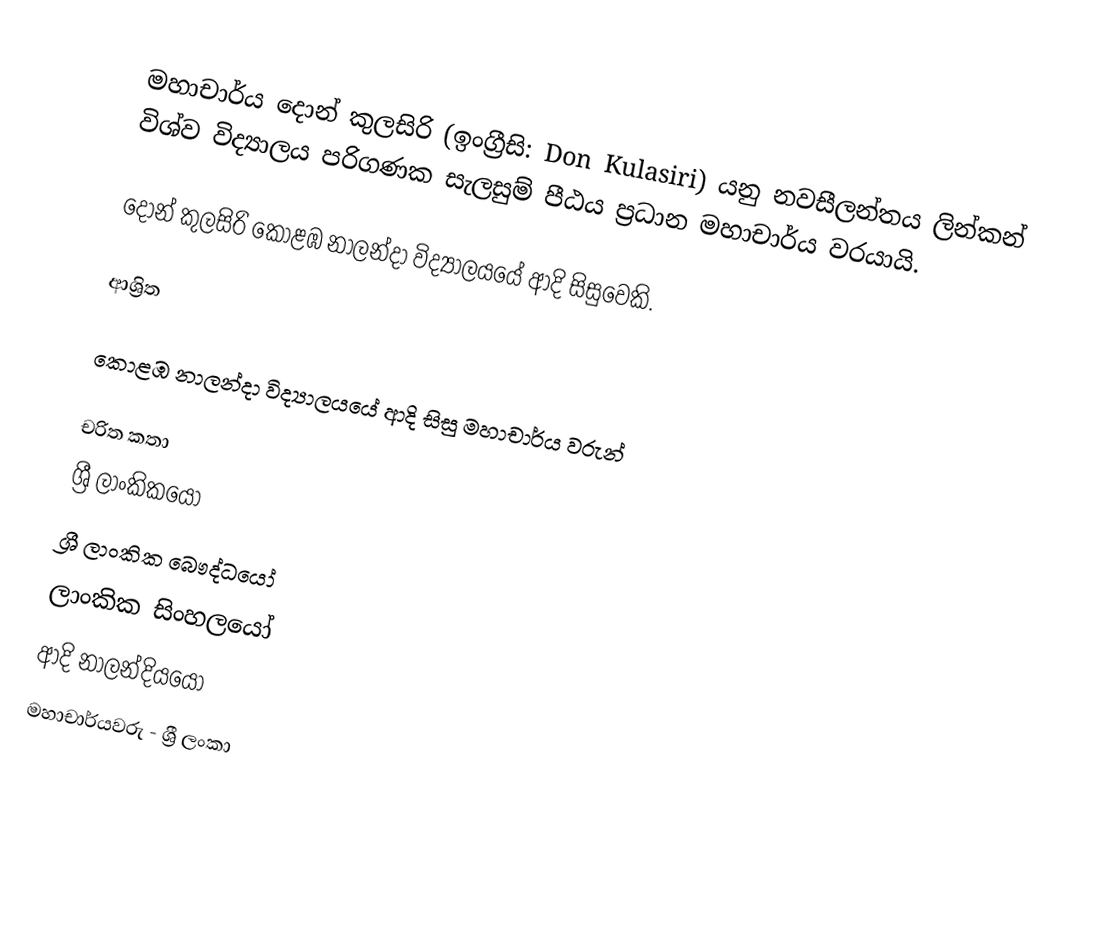
මහාචාර්ය දොන් කුලසිරි (ඉංග්‍රීසි: Don Kulasiri) යනු නවසීලන්තය ලින්කන් විශ්ව විද්‍යාලය පරිගණක සැලසුම් පීඨය ප්‍රධාන මහාචාර්ය වරයායි.

දොන් කුලසිරි  කොළඹ නාලන්දා විද්‍යාලයයේ ආදි සිසුවෙකි.

ආශ්‍රිත

 කොළඹ නාලන්දා විද්‍යාලයයේ ආදි සිසු මහාචාර්ය වරුන්

චරිත කතා
ශ්‍රී ලාංකිකයෝ
ශ්‍රී ලාංකික බෞද්ධයෝ
ලාංකික සිංහලයෝ
ආදි නාලන්දියයෝ
මහාචාර්යවරු - ශ්‍රී ලංකා